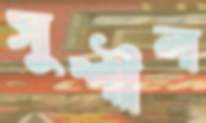
সুশীল